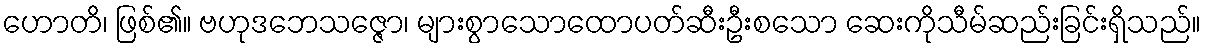
ဟောတိ၊ ဖြစ်၏။ ဗဟုဒဘေသဇ္ဇော၊ များစွာသောထောပတ်ဆီးဦးစသော ဆေးကိုသီမ်ဆည်းခြင်းရှိသည်။